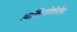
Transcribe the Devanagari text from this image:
आर्कियोतेरोन